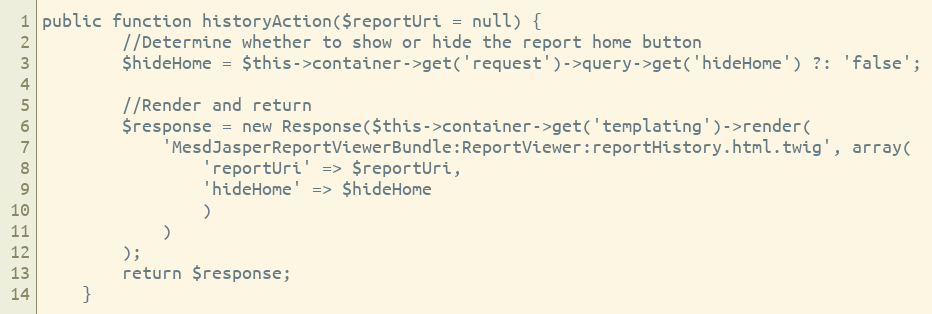
Language: PHP
public function historyAction($reportUri = null) {
        //Determine whether to show or hide the report home button
        $hideHome = $this->container->get('request')->query->get('hideHome') ?: 'false';

        //Render and return
        $response = new Response($this->container->get('templating')->render(
            'MesdJasperReportViewerBundle:ReportViewer:reportHistory.html.twig', array(
                'reportUri' => $reportUri,
                'hideHome' => $hideHome
                )
            )
        );
        return $response;
    }